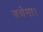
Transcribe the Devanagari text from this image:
बचेगा।